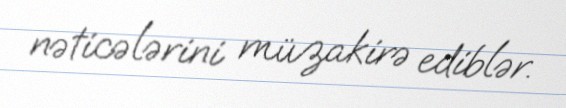
nəticələrini müzakirə ediblər.